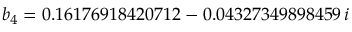
b _ { 4 } = 0 . 1 6 1 7 6 9 1 8 4 2 0 7 1 2 - 0 . 0 4 3 2 7 3 4 9 8 9 8 4 5 9 \, i